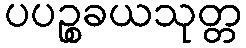
ပပဉ္စခယသုတ္တ